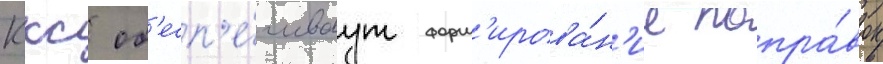
Ккс об'есп'е́чиваут форм'ирова́н'ие попра́вок